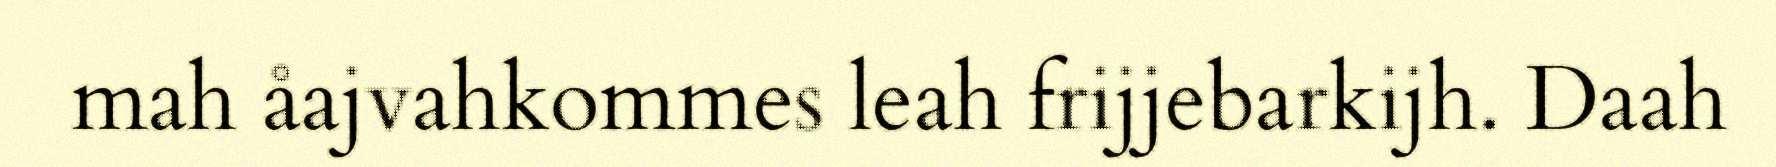
mah åajvahkommes leah frijjebarkijh. Daah